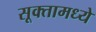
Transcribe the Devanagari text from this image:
सूक्तामध्ये